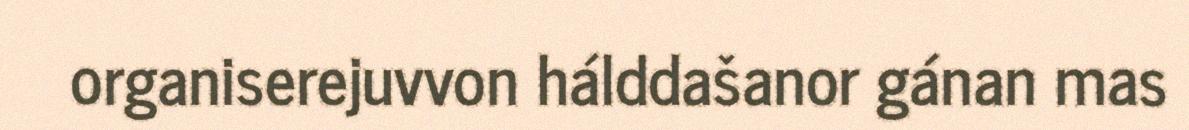
organiserejuvvon hálddašanor gánan mas